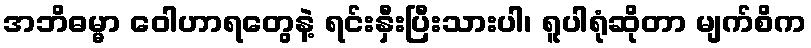
အဘိဓမ္မာ ဝေါဟာရတွေနဲ့ ရင်းနှီးပြီးသားပါ၊ ရူပါရုံဆိုတာ မျက်စိက